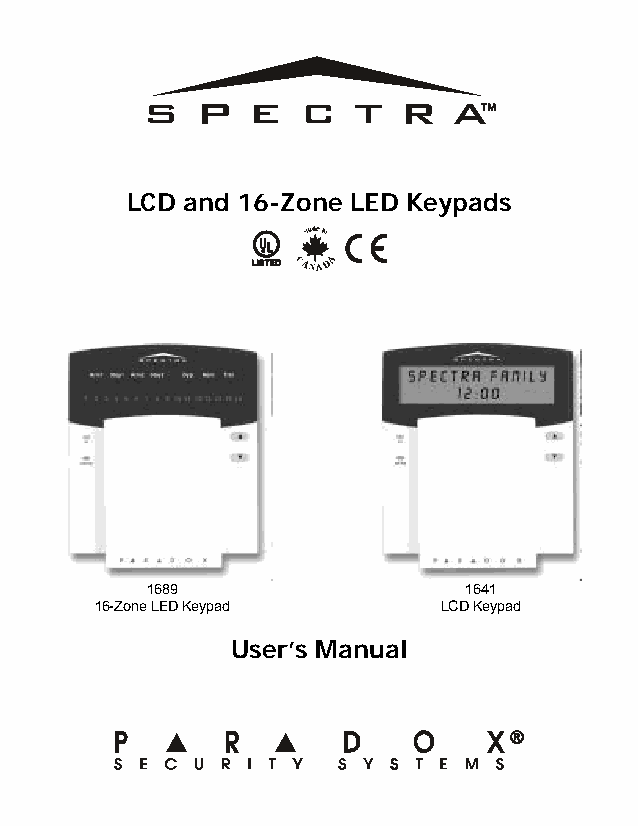
LCD and 16-Zone LED Keypads
 1689                 1641
 16-Zone LED Keypad     LCD Keypad
 User’s Manual